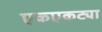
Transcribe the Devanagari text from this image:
एकएकट्या